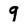
Character: 9